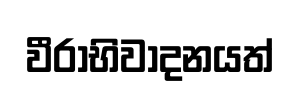
වීරාභිවාදනයත්